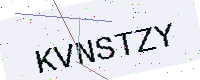
Text: KVNSTZY